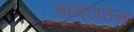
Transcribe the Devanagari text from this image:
डागटाउन